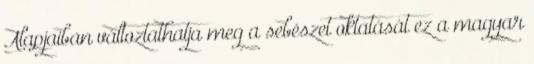
Alapjaiban változtathatja meg a sebészet oktatását ez a magyar